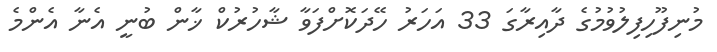
މުނިފޫހިފިލުވުމުގެ ދާއިރާގަ 33 އަހަރު ހޭދަކޮށްފަވާ ޝާހުރުކް ޚާން ބުނީ އެނާ އެންމެ